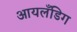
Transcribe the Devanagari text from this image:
आयलँडिग